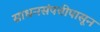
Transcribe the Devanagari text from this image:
साधनसंपत्तीपासून